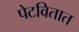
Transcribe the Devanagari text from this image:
पेटवितात